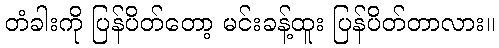
တံခါးကို ပြန်ပိတ်တော့ မင်းခန့်ထူး ပြန်ပိတ်တာလား။